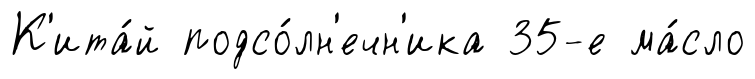
К'ита́й подсо́лн'ечн'ика 35-е ма́сло